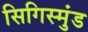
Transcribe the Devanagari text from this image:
सिगिस्मुंड